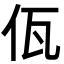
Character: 佤